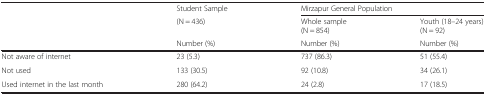
|  | Student Sample | <COLSPAN=2> Mirzapur General Population |
 |  | (N = 436) | Whole sample(N = 854) | Youth (18–24 years)(N = 92) |
 |  | Number (%) | Number (%) | Number (%) |
 | --- | --- | --- | --- |
 | Not aware of internet | 23 (5.3) | 737 (86.3) | 51 (55.4) |
 | Not used | 133 (30.5) | 92 (10.8) | 34 (26.1) |
 | Used internet in the last month | 280 (64.2) | 24 (2.8) | 17 (18.5) |